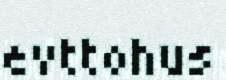
evttohus